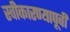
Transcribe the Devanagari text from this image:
स्वीकारण्यापूर्वी